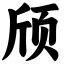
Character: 颀